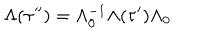
LaTeX: \Lambda ( \tau ^ { \prime \prime } ) = \Lambda _ { 0 } ^ { - 1 } \Lambda ( \tau ^ { \prime } ) \Lambda _ { 0 }